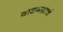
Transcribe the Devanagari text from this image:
वाङमय़ाचं